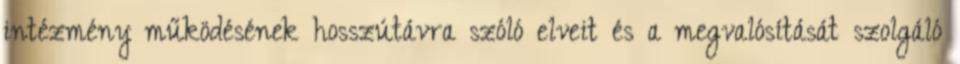
intézmény működésének hosszútávra szóló elveit és a megvalósítását szolgáló